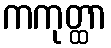
ကကုတ္ထာ